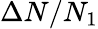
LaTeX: \Delta N/N_{1}